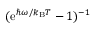
( \mathrm { e } ^ { \hbar \omega / k _ { \mathrm { B } } T } - 1 ) ^ { - 1 }